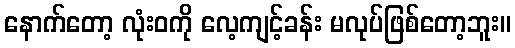
နောက်တော့ လုံးဝကို လေ့ကျင့်ခန်း မလုပ်ဖြစ်တော့ဘူး။